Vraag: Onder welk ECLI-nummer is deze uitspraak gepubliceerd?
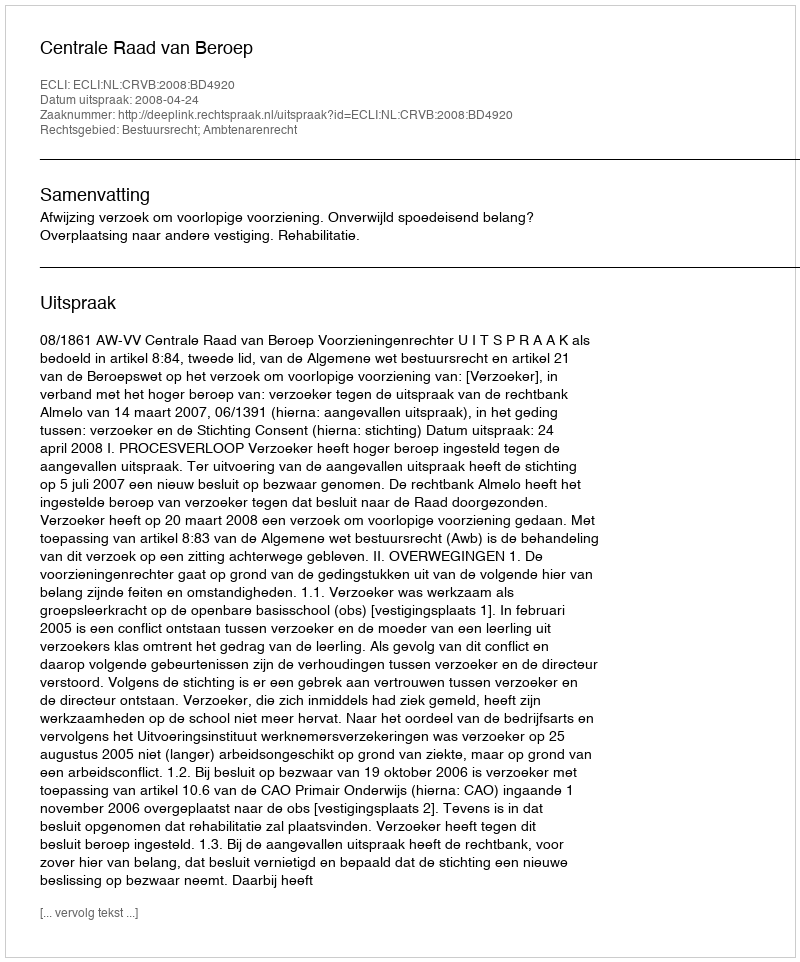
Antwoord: ECLI:NL:CRVB:2008:BD4920